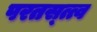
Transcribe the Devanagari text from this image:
परतस्त्त्व